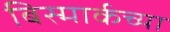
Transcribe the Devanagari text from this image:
बिस्मार्कच्या